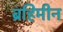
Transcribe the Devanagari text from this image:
ब्रहिमीन